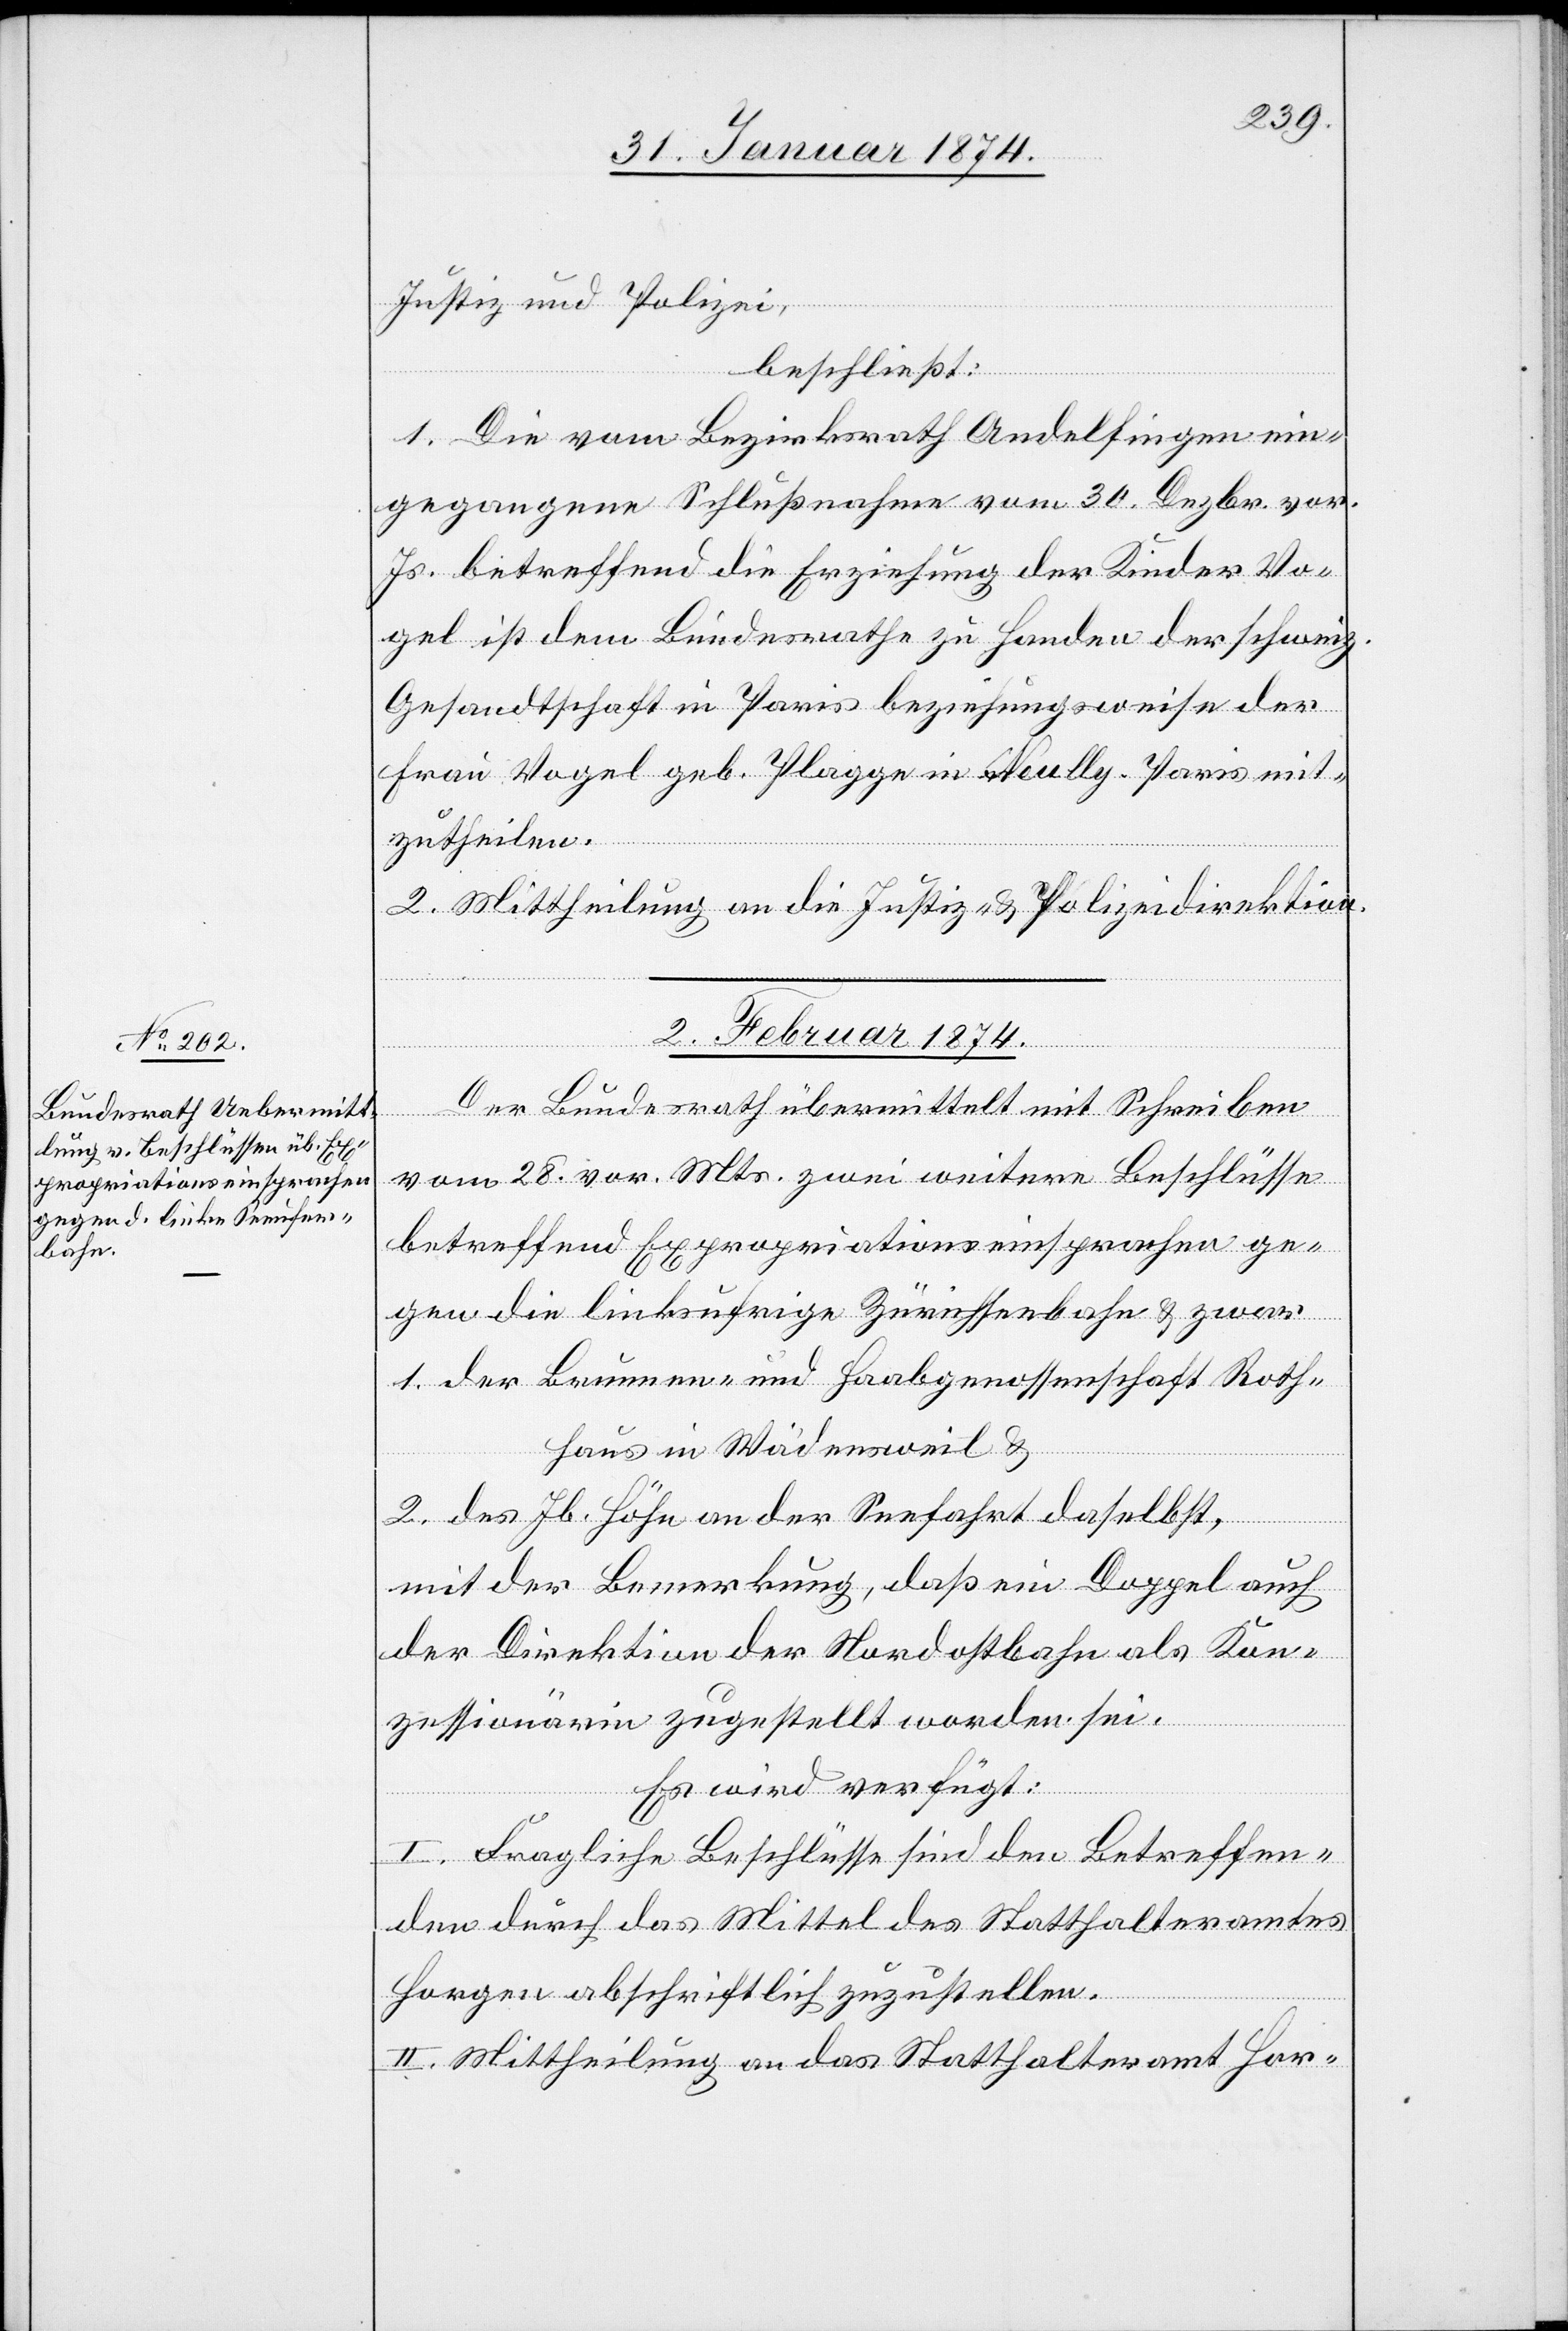
Justiz und Polizei,
beschließt:
1. Die vom Bezirksrath Andelfingen ein¬
gegangene Schlußnahme vom 30. Dezbr. vor.
Js. betreffend die Erziehung der Kinder Vo¬
gel ist dem Bundesrathe zu Handen der schweiz.
Gesandtschaft in Paris beziehungsweise der
Frau Vogel geb. Plagge in Neully-Paris mit¬
zutheilen.
2. Mittheilung an die Justiz- u. Polizeidirektion.
2. Februar 1874.
Der Bundesrath übermittelt mit Schreiben
vom 28. v. Mts. zwei weitere Beschlüsse
betreffend Expropriationseinsprachen ge¬
gen die linksufrige Zürichseebahn u. zwar
1. der Brunnen- und Haabgenossenschaft Rothh¬
u.
2. des Jb. Höhn an der Seefahrt daselbst,
mit der Bemerkung, daß ein Doppel auch
der Direktion der Nordostbahn als Kon¬
zessionärin zugestellt worden sei.
Es wird verfügt:
I. Fragliche Beschlüsse sind den Betreffen¬
den durch das Mittel des Statthalteramtes
Horgen abschriftlich zuzustellen.
II. Mittheilung an das Statthalteramt Hor-